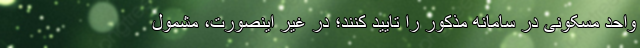
واحد مسکونی در سامانه مذکور را تایید کنند؛ در غیر اینصورت، مشمول